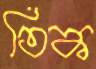
তিক